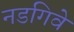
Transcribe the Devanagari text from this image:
नडगिवे